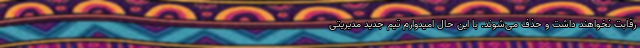
رقابت نخواهند داشت و حذف می‌شوند. با این حال امیدوارم تیم جدید مدیریتی